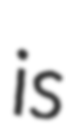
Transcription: is